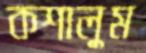
কশালুম